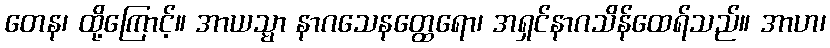
တေန၊ ထို့ကြောင့်။ အာယသ္မာ နာဂသေနတ္ထေရော၊ အရှင်နာဂသိန်ထေရ်သည်။ အာဟ၊